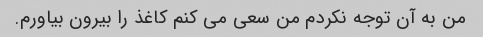
من به آن توجه نکردم من سعی می کنم کاغذ را بیرون بیاورم.